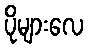
ပိုများလေ